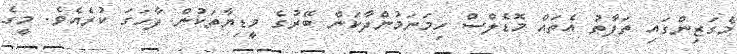
މެގަޒިންގައި ތަފާތު އެތައް މޮޑެލްސް ހިމަނަމުންދާކަން ބޭރުގެ މީޑިޔާތަކުން ފާހަގަ ކުރެއެވެ. މީގެ